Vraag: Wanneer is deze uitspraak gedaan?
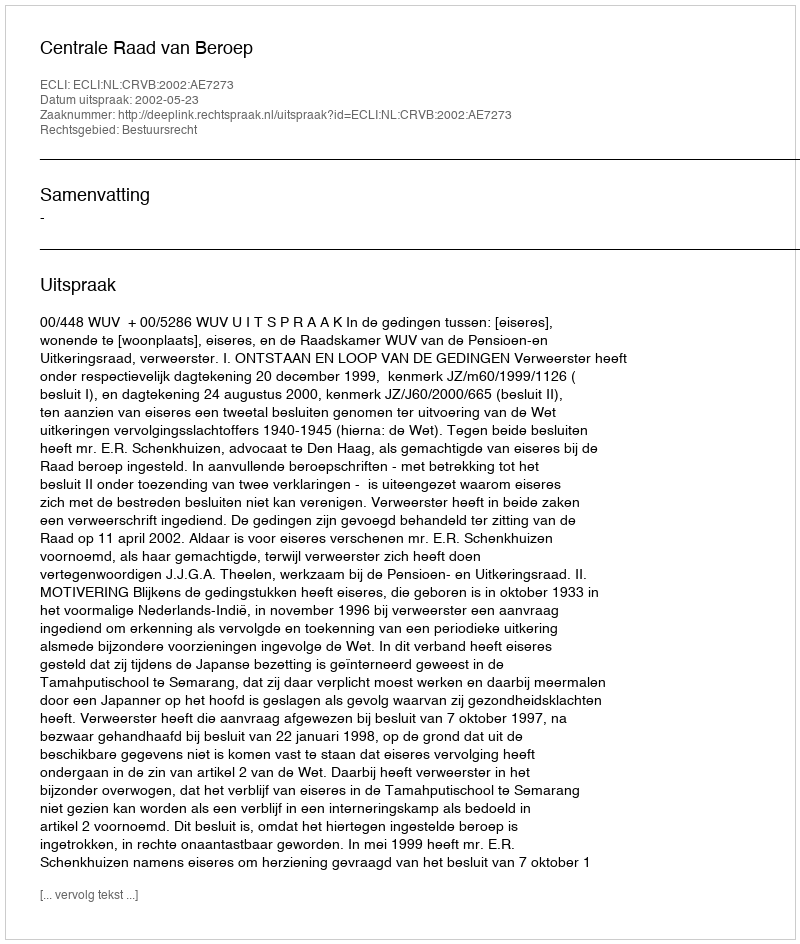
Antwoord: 2002-05-23